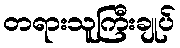
တရားသူကြီးချုပ်